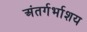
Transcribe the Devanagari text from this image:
अंतर्गर्भाशय